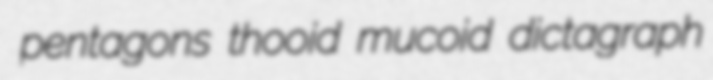
pentagons thooid mucoid dictagraph